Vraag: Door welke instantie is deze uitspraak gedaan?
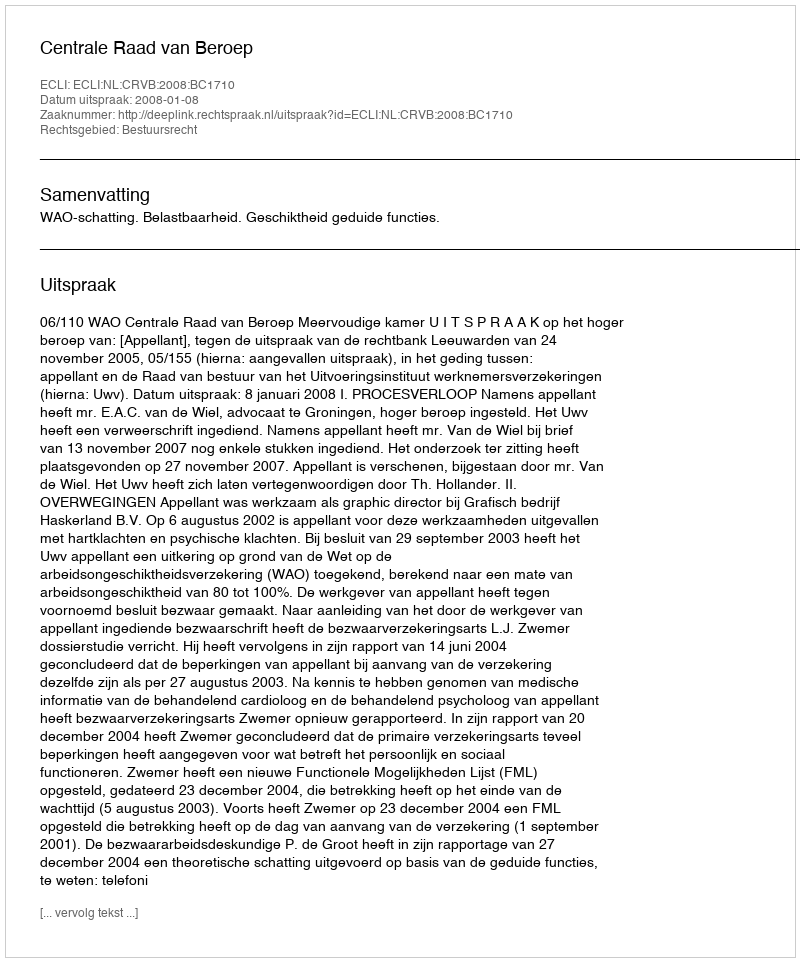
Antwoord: Centrale Raad van Beroep